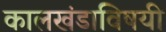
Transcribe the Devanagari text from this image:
कालखंडाविषयी